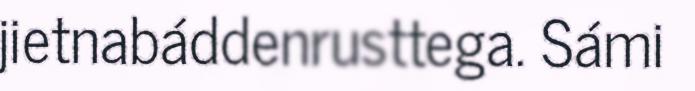
jietnabáddenrusttega. Sámi